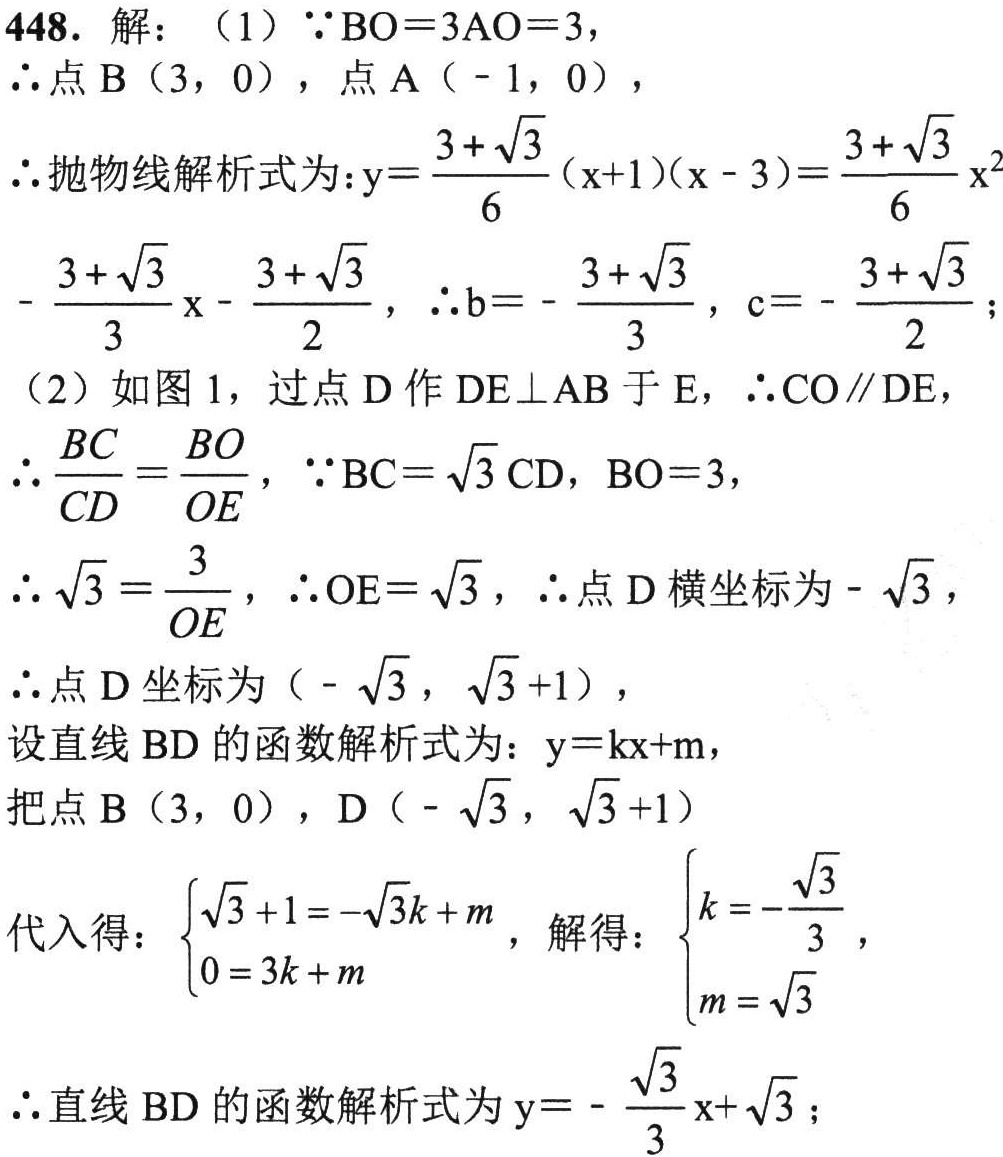
448. 解：（1）\(\because BO = 3AO = 3\)，
\(\therefore\)点\(B(3,0)\)，点\(A(-1,0)\)，
\(\therefore\)抛物线解析式为：\(y=\frac{3 + \sqrt{3}}{6}(x + 1)(x - 3)=\frac{3 + \sqrt{3}}{6}x^{2}-\frac{3 + \sqrt{3}}{3}x-\frac{3 + \sqrt{3}}{2}\)，\(\therefore b = -\frac{3 + \sqrt{3}}{3}\)，\(c = -\frac{3 + \sqrt{3}}{2}\)；
（2）如图1，过点\(D\)作\(DE\perp AB\)于\(E\)，\(\therefore CO\parallel DE\)，
\(\therefore\frac{BC}{CD}=\frac{BO}{OE}\)，\(\because BC = \sqrt{3}CD\)，\(BO = 3\)，
\(\therefore\sqrt{3}=\frac{3}{OE}\)，\(\therefore OE = \sqrt{3}\)，\(\therefore\)点\(D\)横坐标为\(-\sqrt{3}\)，
\(\therefore\)点\(D\)坐标为\((-\sqrt{3},\sqrt{3}+1)\)，
设直线\(BD\)的函数解析式为：\(y = kx + m\)，
把点\(B(3,0)\)，\(D(-\sqrt{3},\sqrt{3}+1)\)
代入得：\(\begin{cases}\sqrt{3}+1=-\sqrt{3}k + m\\0 = 3k + m\end{cases}\)，解得：\(\begin{cases}k = -\frac{\sqrt{3}}{3}\\m = \sqrt{3}\end{cases}\)
\(\therefore\)直线\(BD\)的函数解析式为\(y = -\frac{\sqrt{3}}{3}x+\sqrt{3}\)；